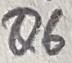
Text: Q6